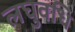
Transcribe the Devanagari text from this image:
लघुवधि